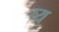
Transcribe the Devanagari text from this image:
ष्य